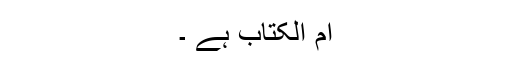
اُم الکتاب ہے ۔